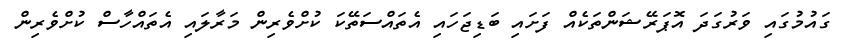
ގައުމުގައި ވަރުގަދަ އޮޕަރޭޝަންތަކެއް ފަށައި ބަޑިޖަހައި އެތައްސަތޭކަ ކުށްވެރިން މަރާލައި އެތައްހާސް ކުށްވެރިން